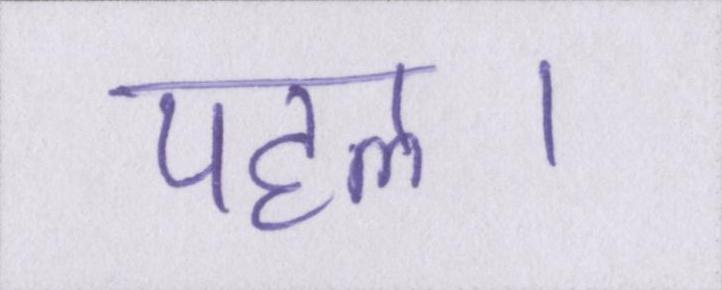
पहल।